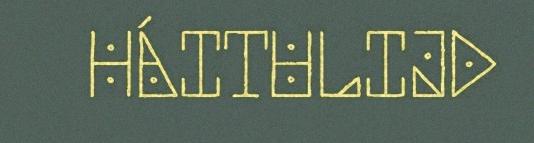
HÁITULIJD